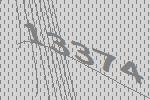
13374